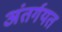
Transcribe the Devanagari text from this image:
अंतर्गयत